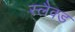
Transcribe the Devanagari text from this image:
स्लैक्ड